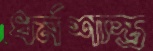
ধর্মশাস্ত্র